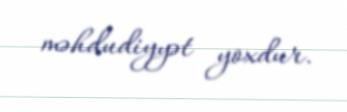
məhdudiyyət yoxdur.